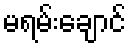
မရမ်းချောင်